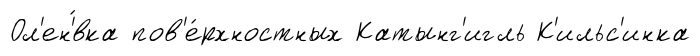
Ол'ен'́вка пов'е́рхностных Катынг'игль К'ильс'инка